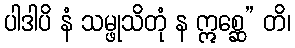
ပါဒါပိ နံ သမ္ဖုသိတုံ န ဣစ္ဆေ” တိ၊